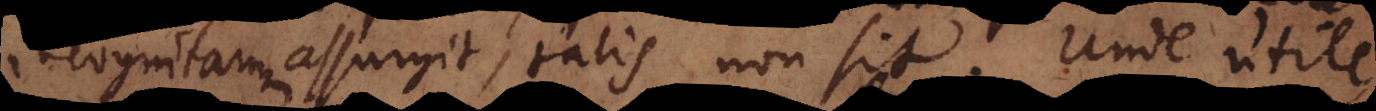
tum assurgit, talis non sit. Unde utile